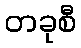
တခုစီ